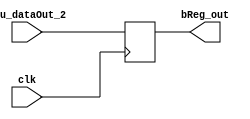
module bReg(clk, alu_dataOut_2, bReg_out);
  input clk;
  input [31:0] alu_dataOut_2;
  output reg [31:0] bReg_out;
  
  always@(posedge clk)
  begin
    bReg_out <= alu_dataOut_2;
  end
  
endmodule